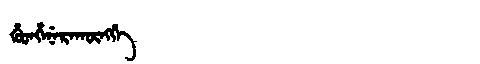
Manchu: ᡥᡠᡨᡥᡝᠨᡝᡵᠠᡴᡡᠩᡤᡝ
Romanization: HUTHENERAKŪNGGE